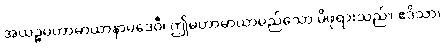
အယဉ္စမဟာမာယာနာမဒေဝီ၊ ဤမဟာမာယာမည်သော မိဖုရားသည်။ ဧဒိသာ၊